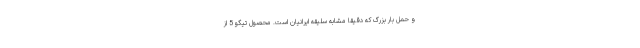
و حمل بار بزرگ که دقیقا مشابه سلیقه ایرانیان است. محصول تیگو 5 از